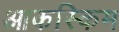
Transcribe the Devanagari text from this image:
आकस्किम